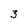
Character: 3